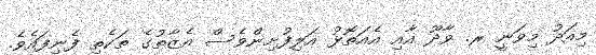
މިއަދު މިވަނީ ރ. ވާދޫ އާއި އެއަތޮޅު އަލިފުށިންވެސް އެޒާތުގެ ތަކެތި ފެނިފައެވެ.